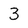
Character: 3